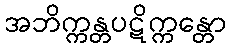
အဘိက္ကန္တပဋိက္ကန္တော